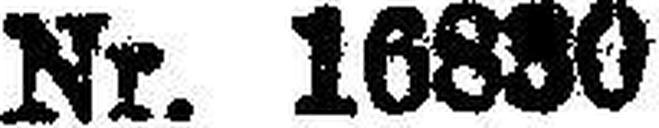
Nr. 16830